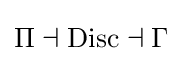
\Pi \dashv \operatorname {Disc} \dashv \Gamma